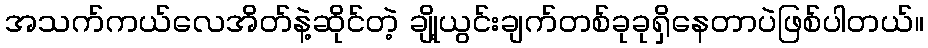
အသက်ကယ်လေအိတ်နဲ့ဆိုင်တဲ့ ချို့ယွင်းချက်တစ်ခုခုရှိနေတာပဲဖြစ်ပါတယ်။